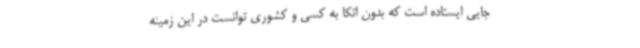
جایی ایستاده است که بدون اتکا به کسی و کشوری توانست در این زمینه